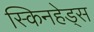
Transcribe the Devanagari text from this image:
स्किनहेड्स